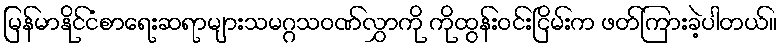
မြန်မာနိုင်ငံစာရေးဆရာများသမဂ္ဂသဝဏ်လွှာကို ကိုထွန်းဝင်းငြိမ်းက ဖတ်ကြားခဲ့ပါတယ်။